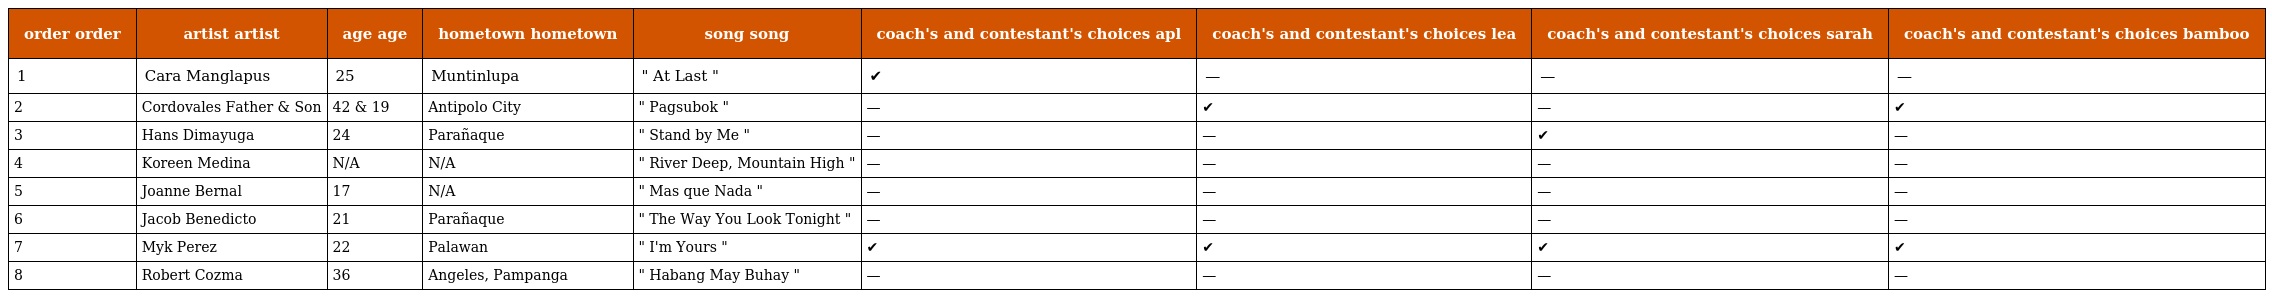
| order order | artist artist | age age | hometown hometown | song song | coach's and contestant's choices apl | coach's and contestant's choices lea | coach's and contestant's choices sarah | coach's and contestant's choices bamboo |
 | --- | --- | --- | --- | --- | --- | --- | --- | --- |
 | 1 | Cara Manglapus | 25 | Muntinlupa | " At Last " | ✔ | — | — | — |
 | 2 | Cordovales Father & Son | 42 & 19 | Antipolo City | " Pagsubok " | — | ✔ | — | ✔ |
 | 3 | Hans Dimayuga | 24 | Parañaque | " Stand by Me " | — | — | ✔ | — |
 | 4 | Koreen Medina | N/A | N/A | " River Deep, Mountain High " | — | — | — | — |
 | 5 | Joanne Bernal | 17 | N/A | " Mas que Nada " | — | — | — | — |
 | 6 | Jacob Benedicto | 21 | Parañaque | " The Way You Look Tonight " | — | — | — | — |
 | 7 | Myk Perez | 22 | Palawan | " I'm Yours " | ✔ | ✔ | ✔ | ✔ |
 | 8 | Robert Cozma | 36 | Angeles, Pampanga | " Habang May Buhay " | — | — | — | — |